Source: Handwritten
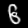
Digit: ၆ (6)